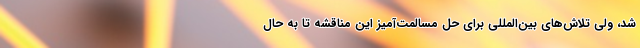
شد، ولی تلاش‌های بین‌المللی برای حل مسالمت‌آمیز این مناقشه تا به حال